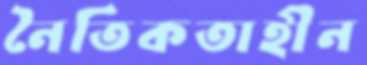
নৈতিকতাহীন